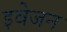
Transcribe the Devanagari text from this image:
इवेजन